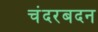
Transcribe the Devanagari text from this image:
चंदरबदन